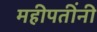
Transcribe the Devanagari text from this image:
महीपतींनी